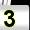
Digit: 3